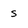
Character: s